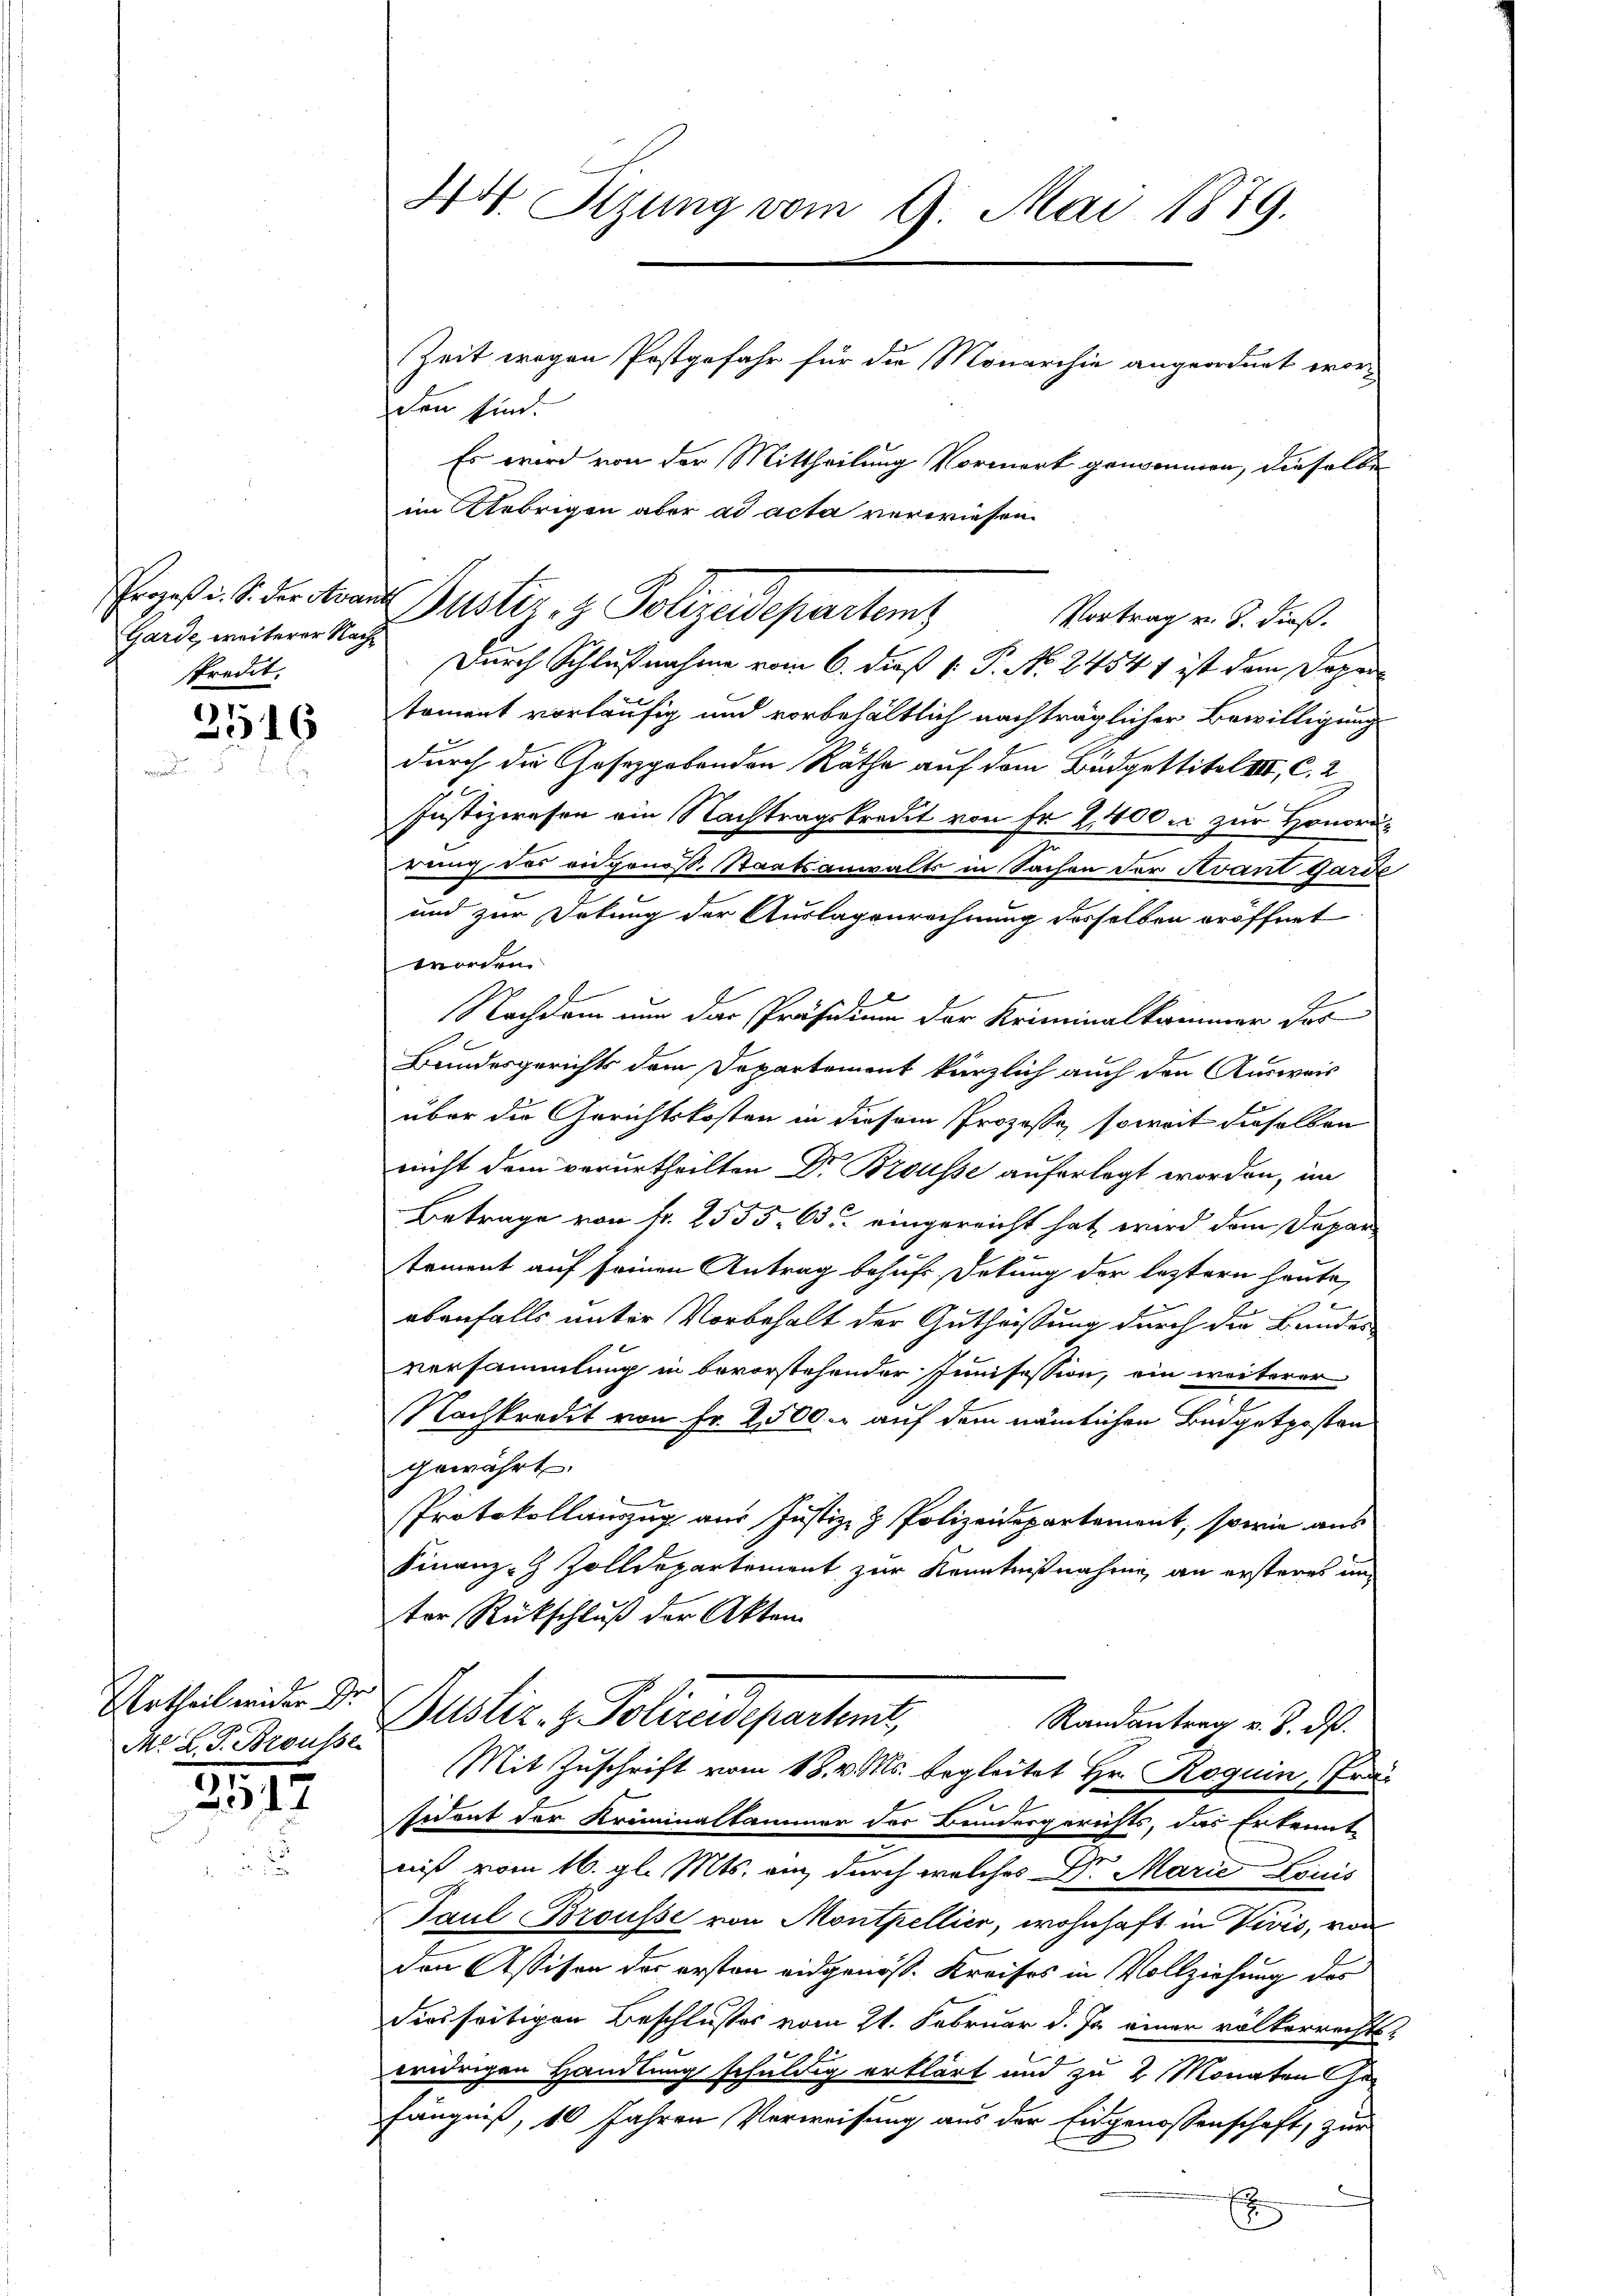
Garde, weiterer Nachspredit.

3516

Urtheil wider Dr.
M. L. G. Brousse

2517

44. Sizung vom 9. Mai 1879.
Zeit wegen Postgefahr für die Monarchie angeordnet worden sind.

Durch Schlußnahme vom 6. dieß P. P. N. 2454 1 ist dem Doper
toment vorläufig und vorbehältlich nachträglicher Bewilligung
durch die Gesetzgebenden Räthe auf dem Budgettitel III, C. 2
Justizwesen ein Nachtragskredit von fr 2400. zur Honordrung des eidgenoß. Staatsanwalts in Sachen der Avant Garde
und zur Debung der Auslagenrechnung desselben eröffnet
worden.
Nachdem um das Präsidium der Kriminalkammer das
Bundesgerichts dem Departement kürzlich auch den Ausweis
über die Gerichtskosten in diesem Prozesse, soweit dieselben
nicht dem verurtheilten Dr. Brousse auferlegt worden, im
Betrage von fr. 2555. 63 eingereicht hat, wird dem Depar
temont auf seinen Antrag behufs Dekung der leztern heute,
 x
ebenfalls unter Vorbehalt der Gutheistung durch die Bandes
versammlung in bevorstehender Junisession, ein weiterer
Nachkredit von Fr. 2500. auf dem nämlichen Büdgetposten
gewährt.
Protokollauszug aus Justiz- & Polizeidepartement, sowie aus
Finanz-Z Zolldepartement zur Kenntnißnahme, an ersteres im
ter Rückschluß der Akten
Justiz - Polizeidepartent,
Randantrag v. 8. ds.
Mit Zuschrift vom 18. v. Ms. begleitet Hr. Roguin, Präs
sident der Kriminalkammer der Bundesgerichts, das Erkennt
e
nis vom 16. gl. Mts. an durch welches Dr. Marić Louis
Paul Brousse von Montpellier, wohnhaft in Vivis, von
den Assison des ersten eidgenöss. Kreises in Vollziehung des
diesseitigen Beschlußes vom 21. Februar d. Js. einer völkerrechts-
widrigen Handlung schuldig erklärt und zu 2 Monaten Gefängniß, 10 Jahren Verweisung aus der Eidgenossenschaft, zur

Es wird von der Mittheilung Vormerk genommen, dieselbe

im Uebrigen aber ad acta verwiesen.
orges. S. die traut Puster, z. Polizeidepartent
Vortrag v. 3. dieß.